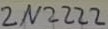
Text: 2N2222